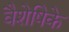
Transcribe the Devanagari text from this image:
वैशेषिके